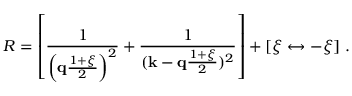
R = \left[ { \frac { 1 } { \left( { \bf q } { \frac { 1 + \xi } { 2 } } \right) ^ { 2 } } } + { \frac { 1 } { ( { \bf k } - { \bf q } { \frac { 1 + \xi } { 2 } } ) ^ { 2 } } } \right] + [ \xi \leftrightarrow - \xi ] \ .